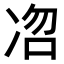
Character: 𭂐